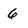
Character: 6